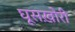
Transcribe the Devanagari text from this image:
घूसख़ोरी